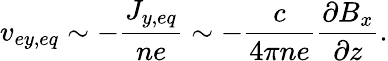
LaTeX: v_{ey,eq}\sim-\frac{J_{y,eq}}{ne}\sim-\frac{c}{4\pi ne}\frac{\partial B_{x}}{\partial z}.